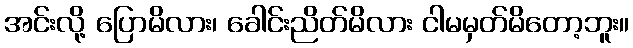
အင်းလို့ ပြောမိလား၊ ခေါင်းညိတ်မိလား ငါမမှတ်မိတော့ဘူး။